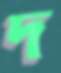
দ